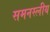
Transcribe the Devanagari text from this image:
समनस्लीय